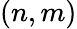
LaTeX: (n,m)